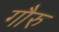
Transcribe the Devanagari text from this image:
गौरु